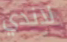
لاندي